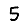
Digit: 5